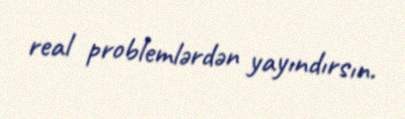
real problemlərdən yayındırsın.